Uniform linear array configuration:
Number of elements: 48
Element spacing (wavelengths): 1
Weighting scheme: kaiser
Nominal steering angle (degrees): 45
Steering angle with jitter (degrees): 44.604
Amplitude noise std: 0.05
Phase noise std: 0.05

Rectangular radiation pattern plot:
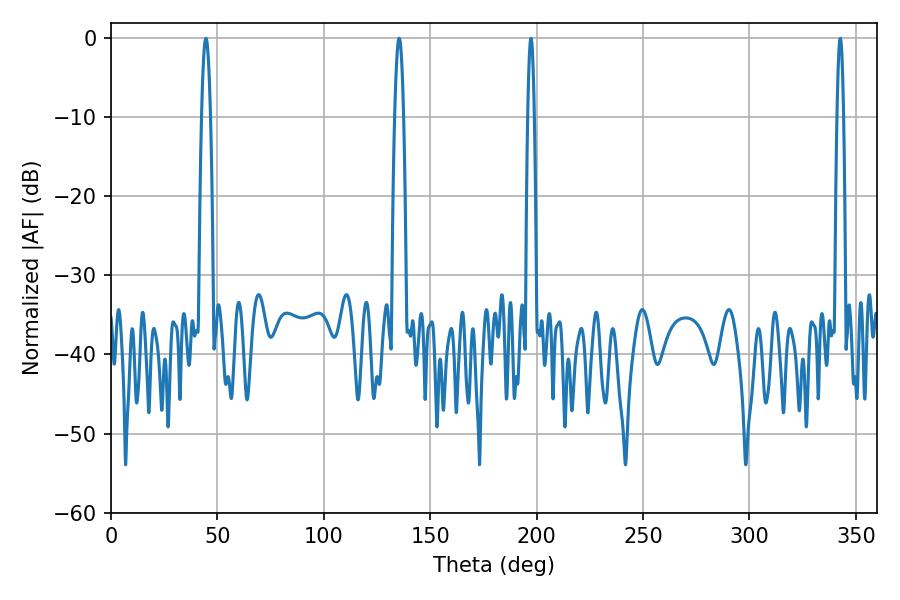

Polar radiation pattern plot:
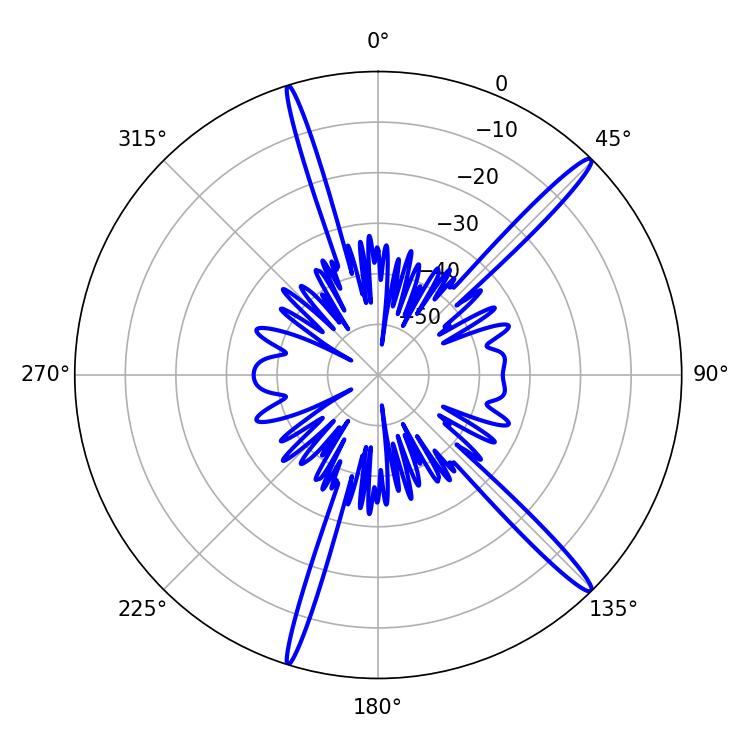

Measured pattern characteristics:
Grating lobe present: TRUE
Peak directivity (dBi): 16.738
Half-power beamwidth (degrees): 2.16
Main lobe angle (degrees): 44.64